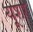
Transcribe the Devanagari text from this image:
यूशर